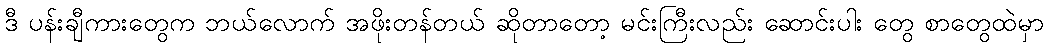
ဒီ ပန်းချီကားတွေက ဘယ်လောက် အဖိုးတန်တယ် ဆိုတာတော့ မင်းကြီးလည်း ဆောင်းပါး တွေ စာတွေထဲမှာ